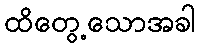
ထိတွေ့သောအခါ